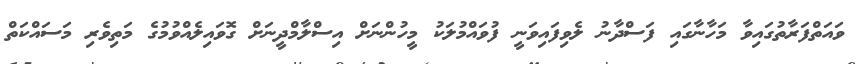
ވައަތްފަރާތުގައިވާ މަހާނާގައި ފަސްދާނު ލެވިފައިވަނީ ފުވައްމުލަކު މީހުންނަށް އިސްލާމްދީނަށް ގޮވައިލެއްވުމުގެ މަތިވެރި މަސައްކަތް